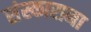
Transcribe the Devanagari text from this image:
संस्काराना